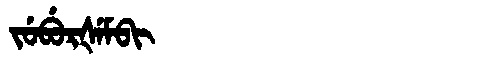
Manchu: ᠵᡠᠪᡠᡵᡧᡝᠮᠪᡳ
Romanization: JUBURŠEMBI